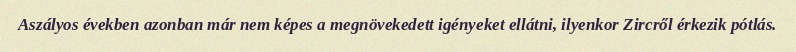
Aszályos években azonban már nem képes a megnövekedett igényeket ellátni, ilyenkor Zircről érkezik pótlás.